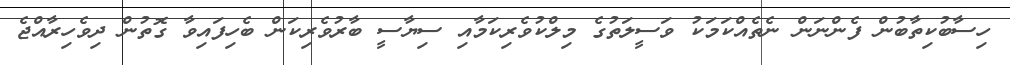
ހިސާބުކިތާބުން ފެންނަން ނެތެއްކަމަކު ވަސީލަތުގެ މިލްކުވެރިކަމާއި ސިޔާސީ ބާރުވެރިކަން ބެހިފައިވާ ގޮތުން ދިވެހިރާއްޖެ